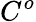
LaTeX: C^{o}